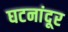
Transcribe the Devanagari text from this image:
घटनांदूर